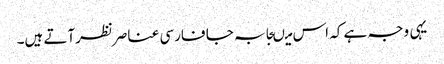
یہی وجہ ہے کہ اس میںجابہ جا فارسی عناصرنظرآتے ہیں۔